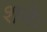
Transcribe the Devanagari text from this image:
शनेः